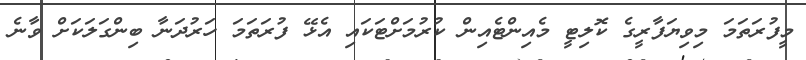
މީފުރަތަމަ މިވިޔަފާރީގެ ކޮލިޓީ މެއިންޓެއިން ކުރުމަށްޓަކައި އެޅޭ ފުރަތަމަ ހަރުދަނާ ބިންގަލަކަށް ވާނެ